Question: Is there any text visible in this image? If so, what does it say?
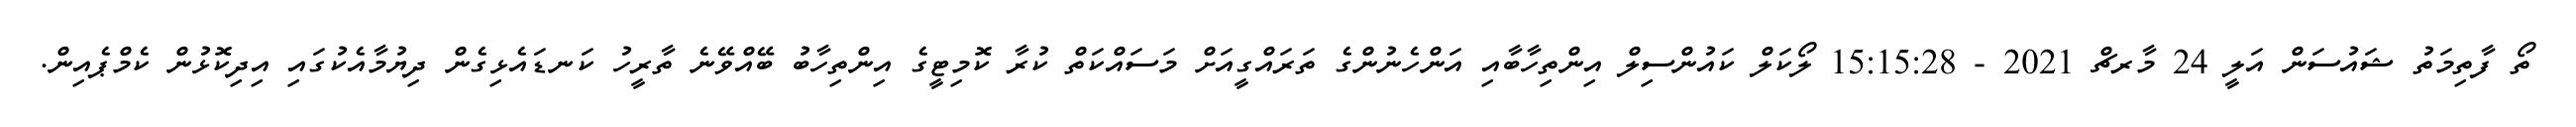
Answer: ތޯ ފާތިމަތު ޝައުސަން އަލީ 24 މާރޗް 2021 - 15:15:28 ލޯކަލް ކައުންސިލް އިންތިހާބާއި އަންހެނުންގެ ތަރައްގީއަށް މަސައްކަތް ކުރާ ކޮމިޓީގެ އިންތިހާބު ބޭއްވޭނެ ތާރީހު ކަނޑައެޅިގެން ދިޔުމާއެކުގައި އިދިކޮޅުން ކެމްޕެއިން.